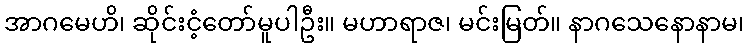
အာဂမေဟိ၊ ဆိုင်းငံ့တော်မူပါဦး။ မဟာရာဇ၊ မင်းမြတ်။ နာဂသေနောနာမ၊